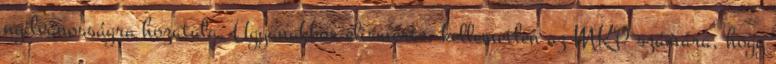
nyilvánosságra hozatala. Ugyanakkor elismerte, kellemetlen az MKP számára, hogy